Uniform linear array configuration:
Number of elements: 16
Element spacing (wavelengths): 0.25
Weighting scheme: hamming
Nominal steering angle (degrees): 45
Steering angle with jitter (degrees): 43.887
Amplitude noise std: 0.05
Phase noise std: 0.05

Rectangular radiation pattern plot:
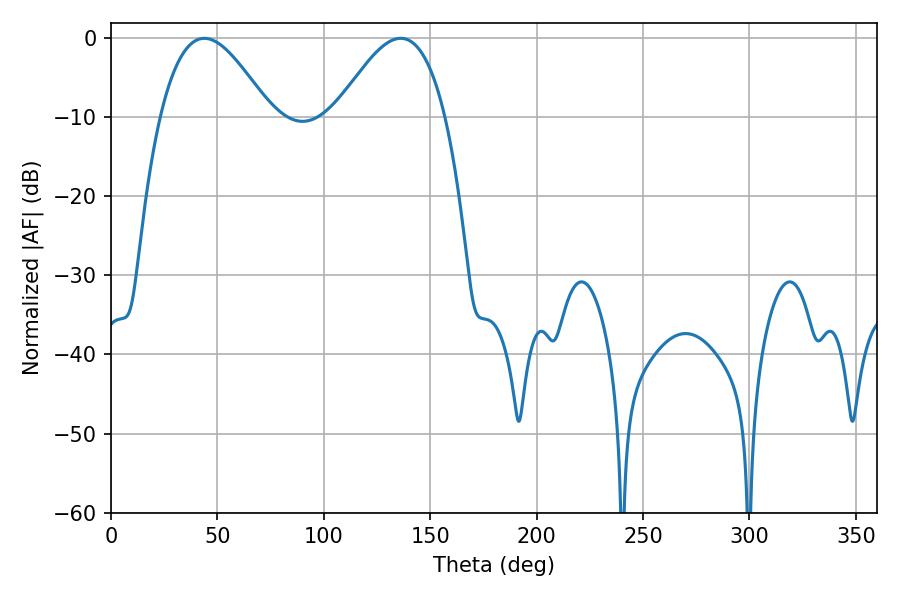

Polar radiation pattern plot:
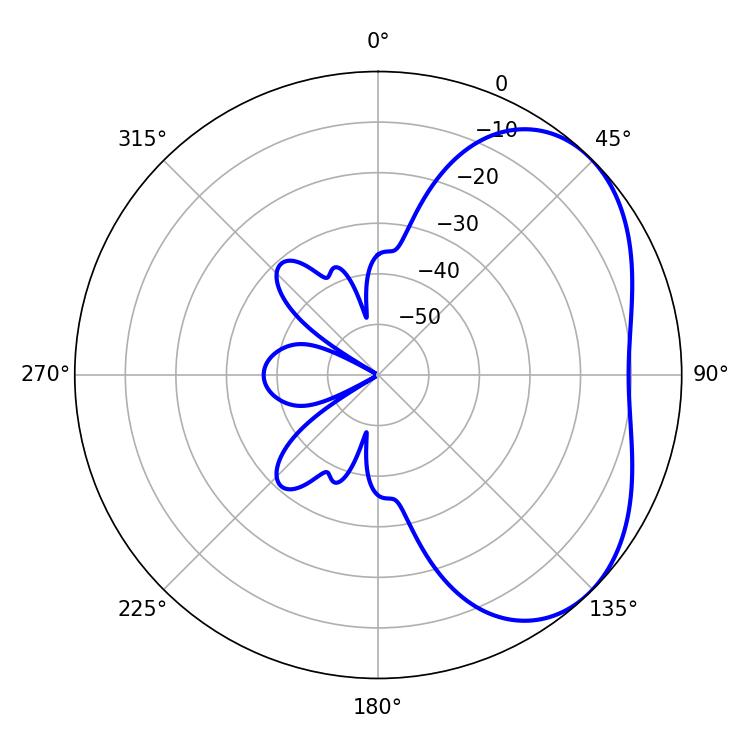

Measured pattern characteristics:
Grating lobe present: FALSE
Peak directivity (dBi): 4.0
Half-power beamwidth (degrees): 27.9
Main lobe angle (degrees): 43.92